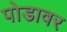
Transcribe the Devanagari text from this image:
पोडावर